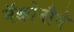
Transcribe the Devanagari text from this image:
मॅक्कोनौघे